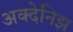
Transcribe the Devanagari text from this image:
अक्देनिझ